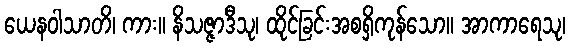
ယေနဝါသာတိ၊ ကား။ နိသဇ္ဇာဒီသု၊ ထိုင်ခြင်းအစရှိကုန်သော။ အာကာရေသု၊